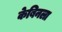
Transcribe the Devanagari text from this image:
केबिनला